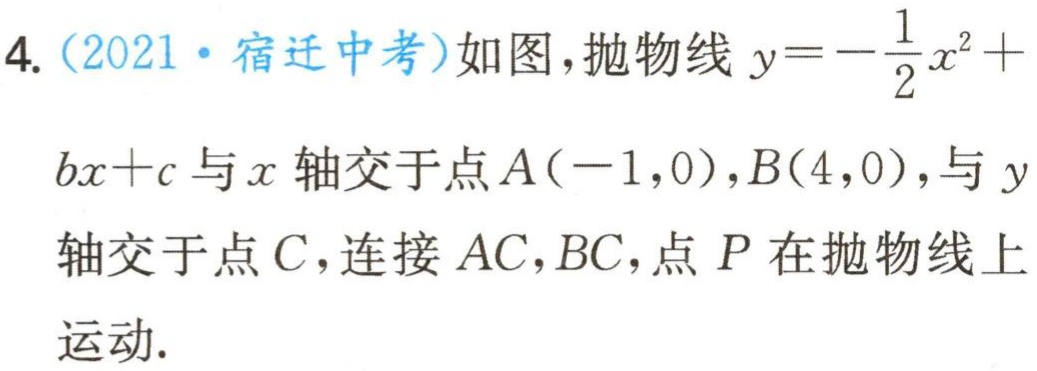
4.（2021·宿迁中考）如图，抛物线\(y = -\frac{1}{2}x^{2}+bx + c\)与\(x\)轴交于点\(A(-1,0)\)，\(B(4,0)\)，与\(y\)轴交于点\(C\)，连接\(AC\)，\(BC\)，点\(P\)在抛物线上运动.